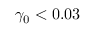
\gamma _ { 0 } < 0 . 0 3